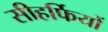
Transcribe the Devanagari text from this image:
सीहर्फियों